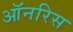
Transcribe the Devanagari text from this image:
ऑनरिस